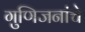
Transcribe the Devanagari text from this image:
गुणिजनांचे